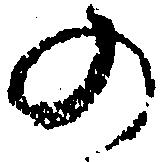
の